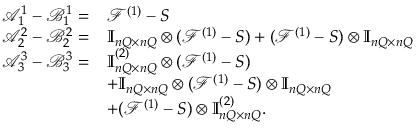
\begin{array} { r l } { \mathcal A _ { 1 } ^ { 1 } - \mathcal B _ { 1 } ^ { 1 } = } & { \mathcal F ^ { ( 1 ) } - S } \\ { \mathcal A _ { 2 } ^ { 2 } - \mathcal B _ { 2 } ^ { 2 } = } & { \ensuremath { \mathbb { I } _ { n Q \times n Q } } \otimes ( \mathcal F ^ { ( 1 ) } - S ) + ( \mathcal F ^ { ( 1 ) } - S ) \otimes \ensuremath { \mathbb { I } _ { n Q \times n Q } } } \\ { \mathcal A _ { 3 } ^ { 3 } - \mathcal B _ { 3 } ^ { 3 } = } & { \ensuremath { \mathbb { I } _ { n Q \times n Q } } ^ { ( 2 ) } \otimes ( \mathcal F ^ { ( 1 ) } - S ) } \\ & { + \ensuremath { \mathbb { I } _ { n Q \times n Q } } \otimes ( \mathcal F ^ { ( 1 ) } - S ) \otimes \ensuremath { \mathbb { I } _ { n Q \times n Q } } } \\ & { + ( \mathcal F ^ { ( 1 ) } - S ) \otimes \ensuremath { \mathbb { I } _ { n Q \times n Q } } ^ { ( 2 ) } . } \end{array}